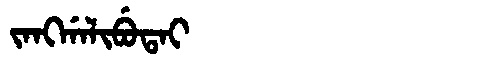
Manchu: ᠵᠠᠩᡤᠠᠯᡳᠪᡠᡨᠠᡳ
Romanization: JANGGALIBUTAI